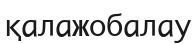
қалажобалау